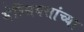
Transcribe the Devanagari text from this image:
सेल्सियसांच्या